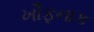
ખૌફનાક